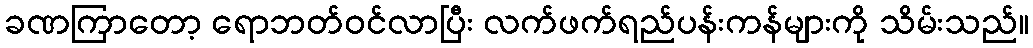
ခဏကြာတော့ ရောဘတ်ဝင်လာပြီး လက်ဖက်ရည်ပန်းကန်များကို သိမ်းသည်။